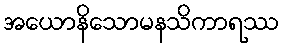
အယောနိသောမနသိကာရဿ